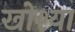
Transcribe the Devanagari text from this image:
खोश्या